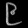
Digit: ၉